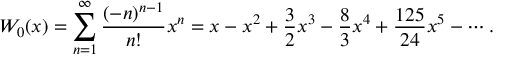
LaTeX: W _ { 0 } ( x ) = \sum _ { n = 1 } ^ { \infty } { \frac { ( - n ) ^ { n - 1 } } { n ! } } x ^ { n } = x - x ^ { 2 } + { \frac { 3 } { 2 } } x ^ { 3 } - { \frac { 8 } { 3 } } x ^ { 4 } + { \frac { 1 2 5 } { 2 4 } } x ^ { 5 } - \cdots .